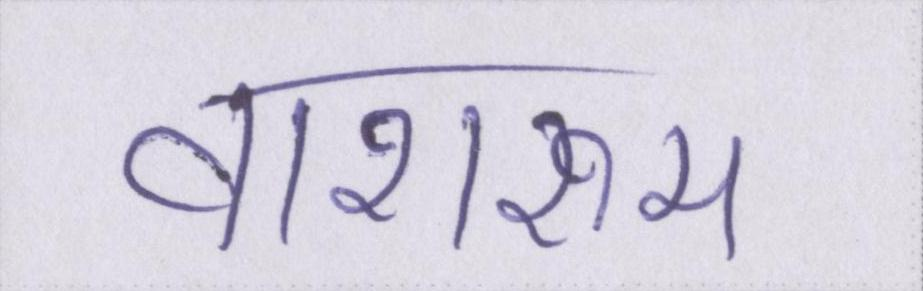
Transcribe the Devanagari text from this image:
वाशरूम